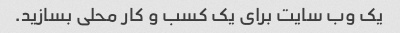
یک وب سایت برای یک کسب و کار محلی بسازید.